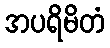
အပရိမိတံ